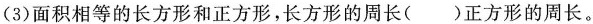
(3)面积相等的长方形和正方形，长方形的周长( )正方形的周长。